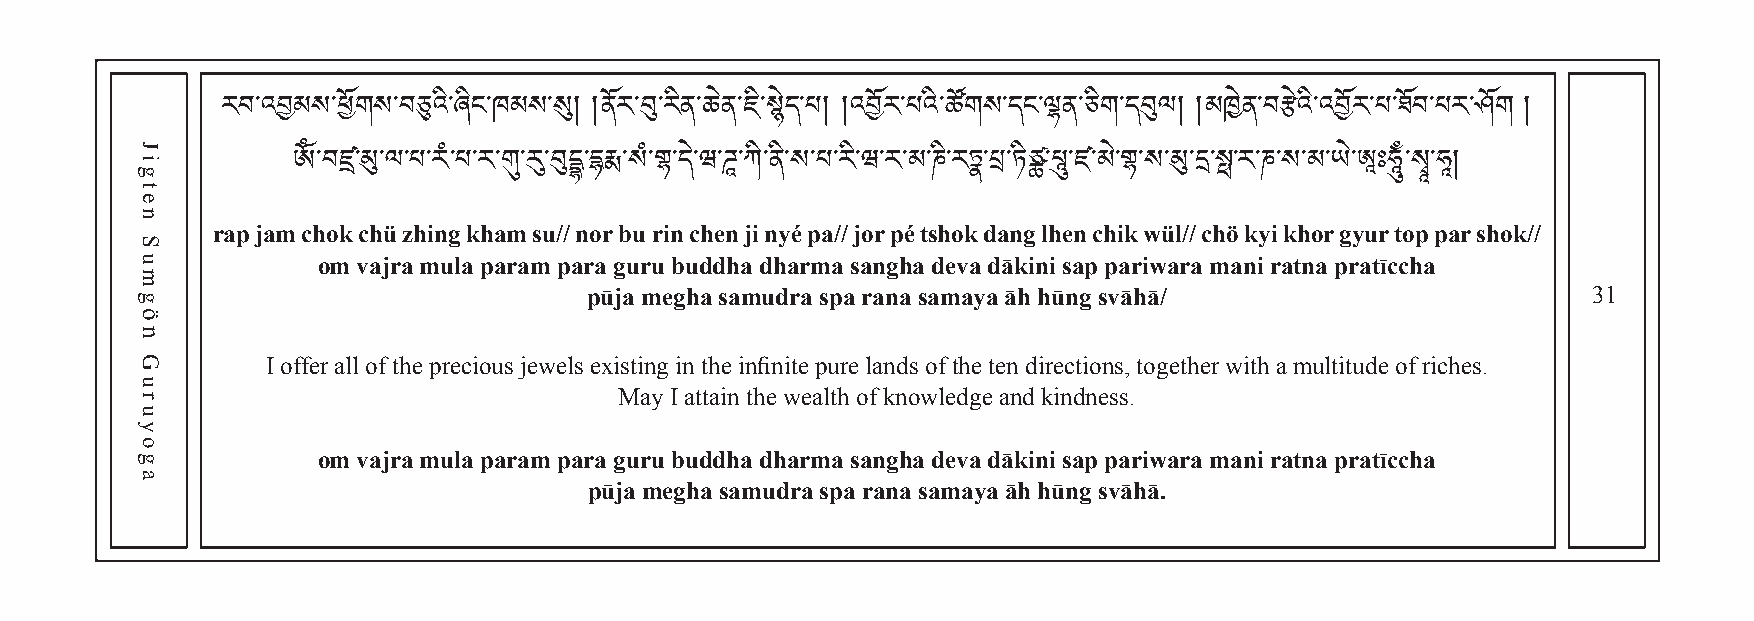
རབ་འབམས་ཕོགས་བཅུའི་ཞིང་ཁམས་སུ། །ནོར་བུ་རིན་ཆེན་ཇ ི་ ས ེ ད ་པ། །འབོར་པའི་ཚོགས་དང་ལྷན་ཅིག་དབུལ། །མཁེན་བརྩེའི་འབོར་པ་ཐོབ་པར་ཤོག །
 ༀ་བཛྲ་མུ་ལ་པ་རཾ་པ་ར་གུ་རུ་བུདྡྷ་དརྨ་སཾ་གྷ་དེ་ཝ་ཌཱ་ཀི་ནི་ས་པ་རི་ཝ་ར་མ་ཎི་རཏྣ་པྲ་ཏིཙྪ་པཱུ་ཛ་མེ་གྷ་ས་མུ་ད་སྥ་ར་ཎ་ས་མ་ཡེ་ཨཱཿཧཱུྃ་སྭཱ་ཧཱ།
 rap jam chok chü zhing kham su// nor bu rin chen ji nyé pa// jor pé tshok dang lhen chik wül// chö kyi khor gyur top par shok//
 om vajra mula param para guru buddha dharma sangha deva dākini sap pariwara mani ratna pratīccha
 pūja megha samudra spa rana samaya āh hūng svāhā/                 31
 I offer all of the precious jewels existing in the infinite pure lands of the ten directions, together with a multitude of riches.
 May I attain the wealth of knowledge and kindness.
 om vajra mula param para guru buddha dharma sangha deva dākini sap pariwara mani ratna pratīccha
 pūja megha samudra spa rana samaya āh hūng svāhā.
 Jigten
 Sumgön
 Guruyoga